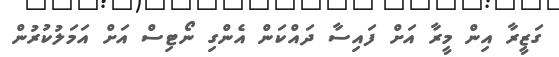
ގަޒީރާ އިން މީރާ އަށް ފައިސާ ދައްކަން އެންގި ނޯޓިސް އަށް އަމަލުކުރުން